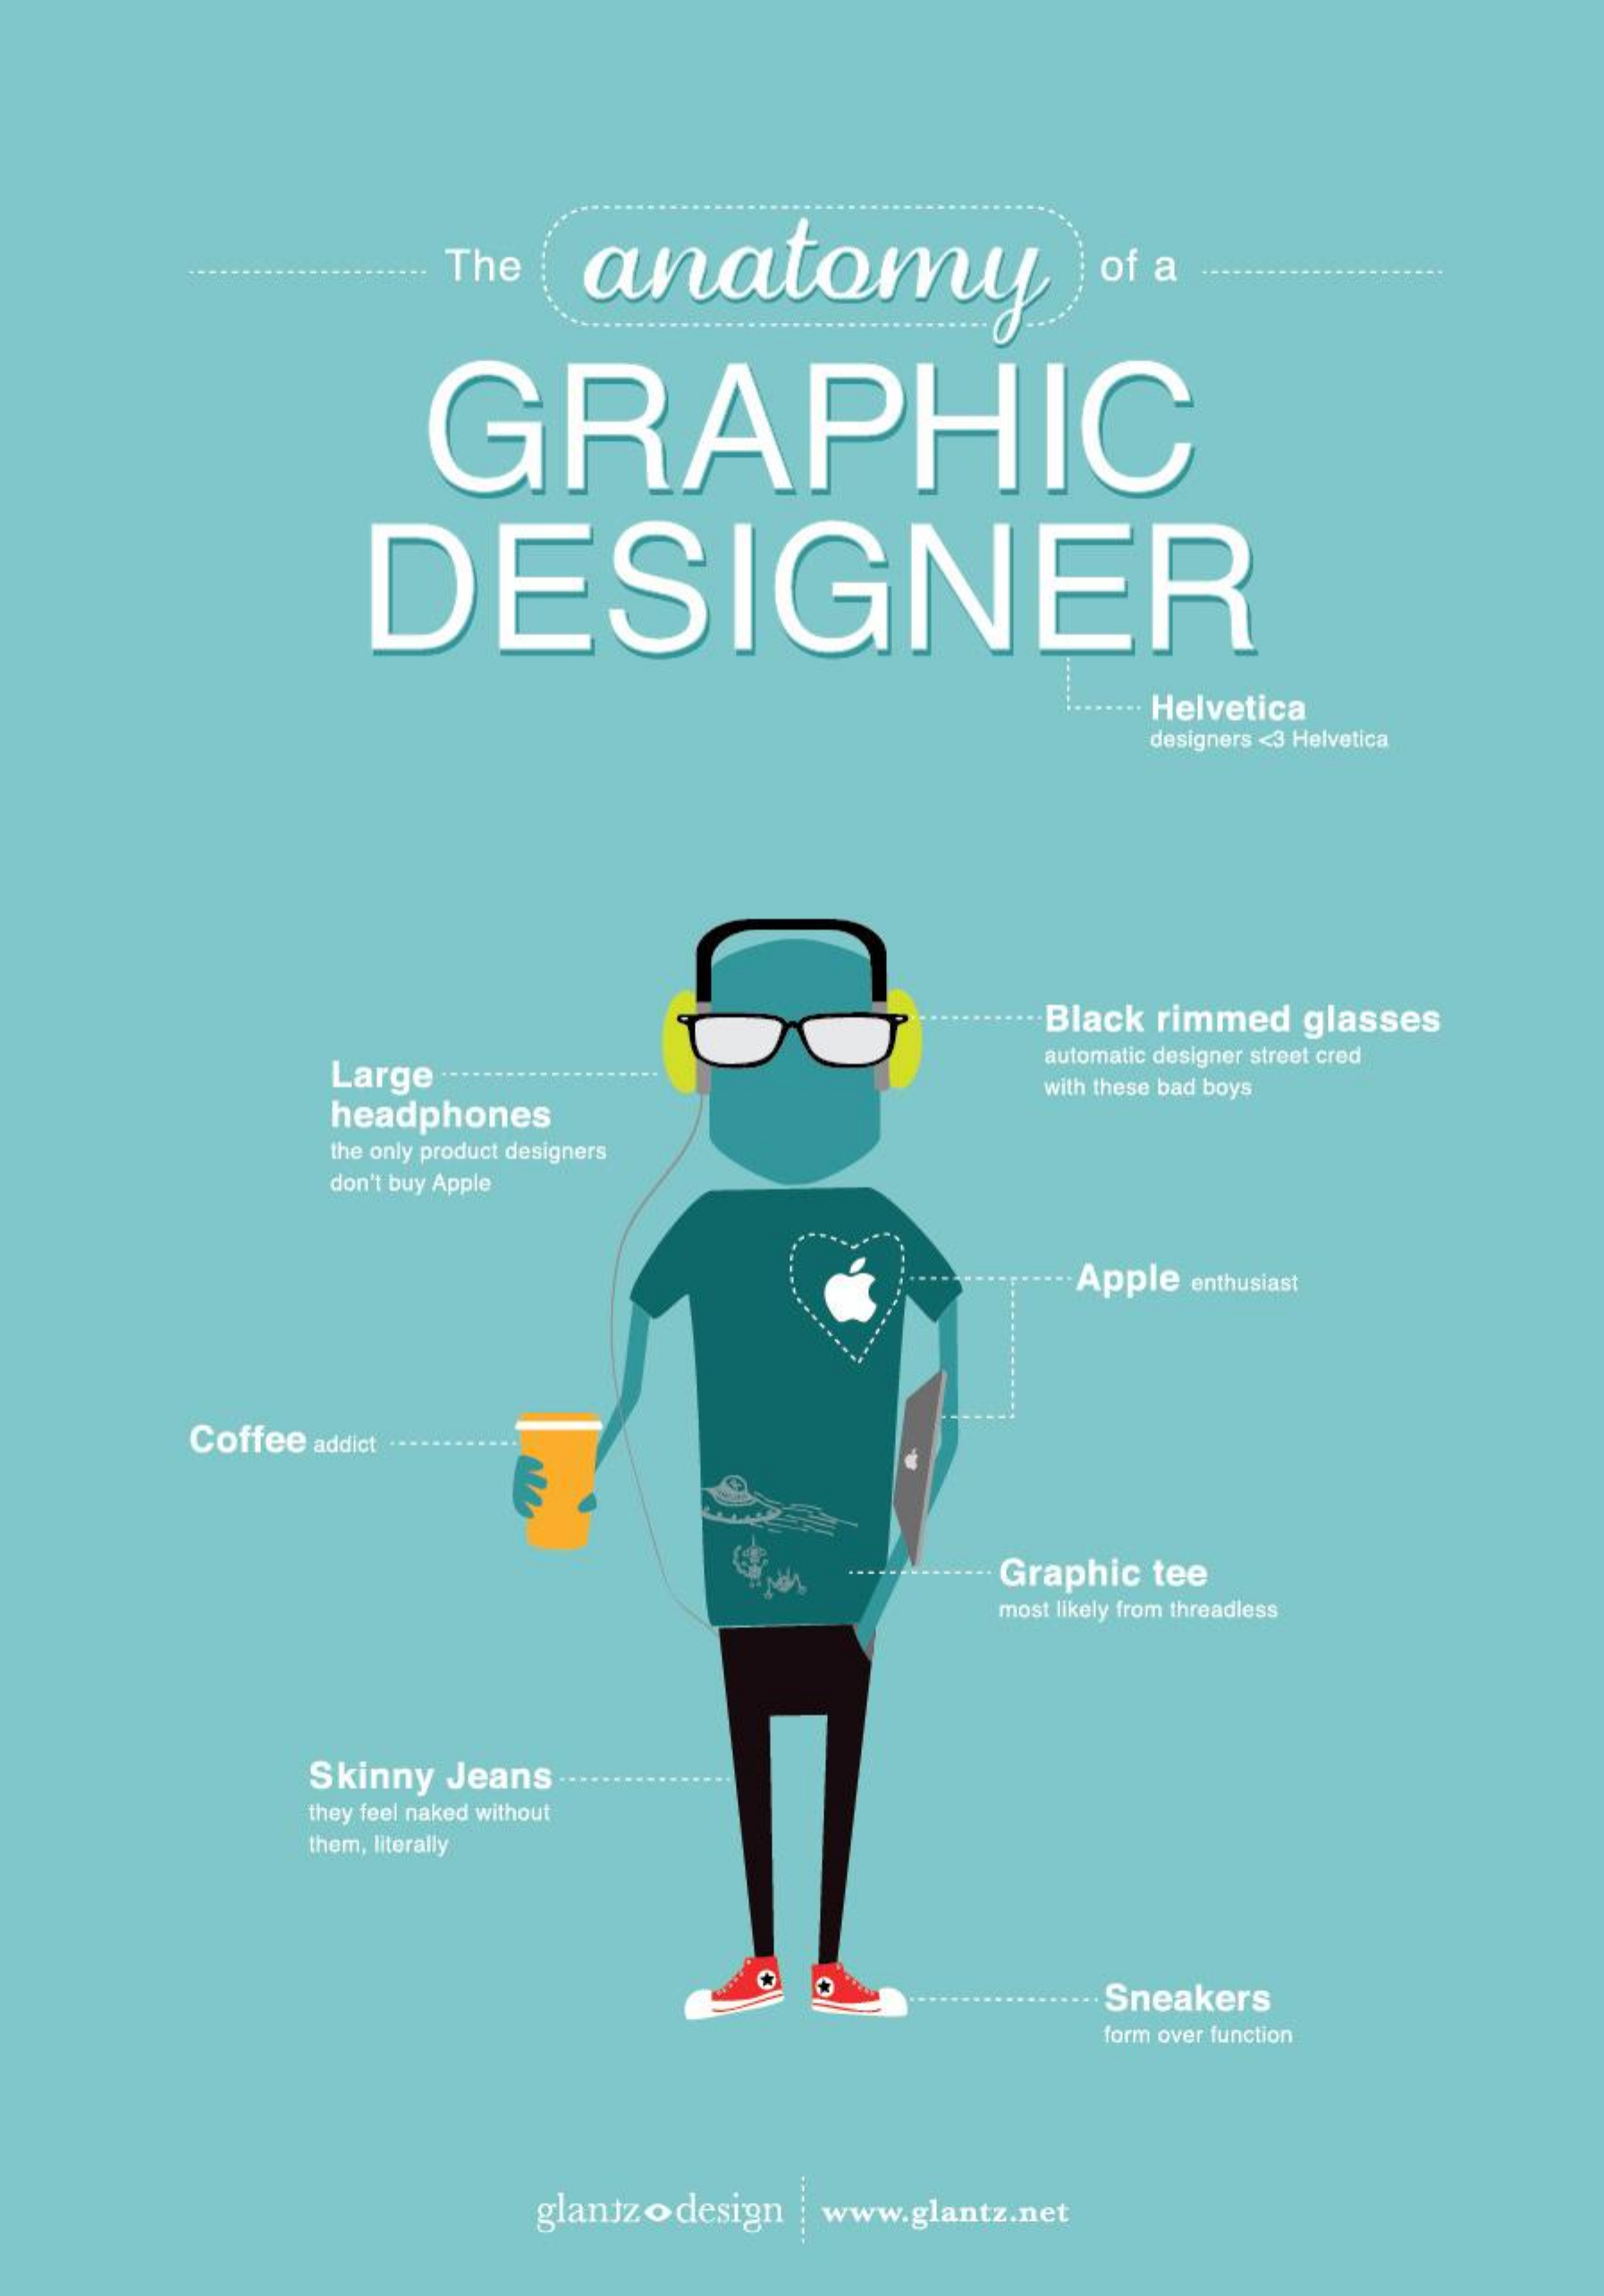
The    anatomy    of a
     GRAPHIC
     DESIGNER
     Helvetica
     designers <3 Helvetica
     Black rimmed glasses
     Large .------
     automatic designer street cred
     headphones
     with these bad boys
     the only product designers
     don't buy Apple
     Apple enthusiast
     .......
     Coffee addict ·· · · · · · · ·
     ........-----. Graphic tee
     most likely from threadless
     Skinny Jeans
     they feel naked without
     them, literally
     Sneakers
     form over function
     glantz odesign | www.glantz.net